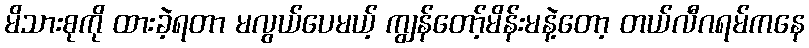
မိသားစုကို ထားခဲ့ရတာ မလွယ်ပေမယ့် ကျွန်တော့်မိန်းမနဲ့တော့ တယ်လီဂရမ်ကနေ